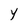
Character: Y